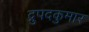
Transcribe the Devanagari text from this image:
द्रुपदकुमार